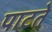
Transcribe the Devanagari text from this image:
पाटते